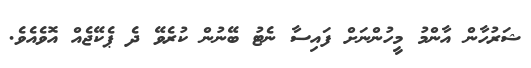
ޝަރުހާން އާންމު މީހުންނަށް ފައިސާ ނެޓު ބޭނުން ކުރެވޭ ދެ ޕެކޭޖެއް އޮވެއެވެ.